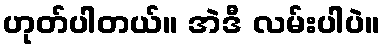
ဟုတ်ပါတယ်။ အဲဒီ လမ်းပါပဲ။